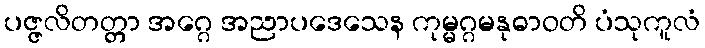
ပဇ္ဇလိတတ္တာ အဂ္ဂေ အညာပဒေသေန ကုမ္မဂ္ဂမနုဓာဝတိ ပံသုကူလံ